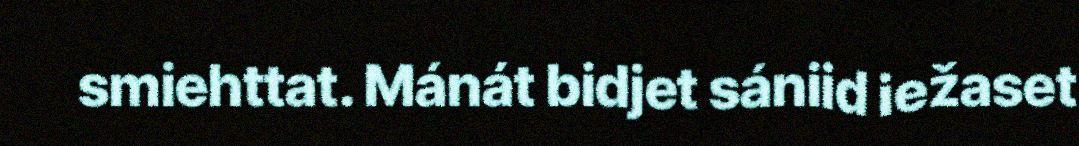
smiehttat. Mánát bidjet sániid iežaset